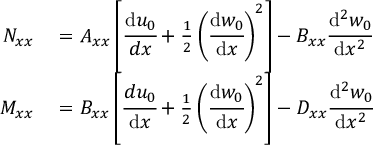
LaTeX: \begin{array} { r l } { N _ { x x } } & { { } = A _ { x x } \left[ { \cfrac { \mathrm { d } u _ { 0 } } { d x } } + { \frac { 1 } { 2 } } \left( { \cfrac { \mathrm { d } w _ { 0 } } { \mathrm { d } x } } \right) ^ { 2 } \right] - B _ { x x } { \cfrac { \mathrm { d } ^ { 2 } w _ { 0 } } { \mathrm { d } x ^ { 2 } } } } \\ { M _ { x x } } & { { } = B _ { x x } \left[ { \cfrac { d u _ { 0 } } { \mathrm { d } x } } + { \frac { 1 } { 2 } } \left( { \cfrac { \mathrm { d } w _ { 0 } } { \mathrm { d } x } } \right) ^ { 2 } \right] - D _ { x x } { \cfrac { \mathrm { d } ^ { 2 } w _ { 0 } } { \mathrm { d } x ^ { 2 } } } } \end{array}